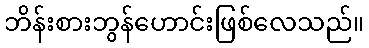
ဘိန်းစားဘွန်ဟောင်းဖြစ်လေသည်။